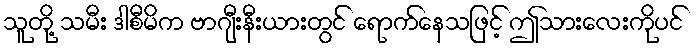
သူတို့ သမီး ဒါစီမိက ဗာဂျီးနီးယားတွင် ရောက်နေသဖြင့် ဤသားလေးကိုပင်